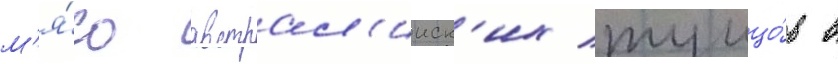
м'я́со австрал'ииск'их тунцо́в в